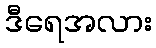
ဒီရေအလား